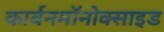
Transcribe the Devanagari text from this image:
कार्बनमॉनोक्साइड